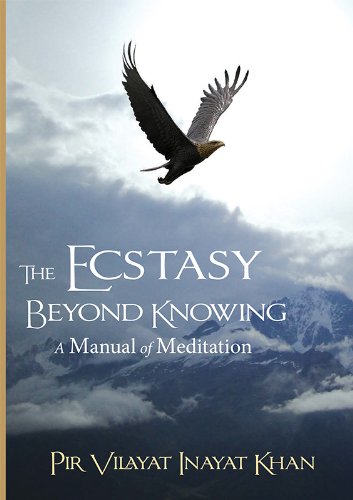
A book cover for The Ecstasy Beyond Knowing: A Manual of Meditation; Pir Vilayat Inayat Khan; Religion & Spirituality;